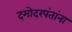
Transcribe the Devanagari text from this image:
दमोदरपंतांना